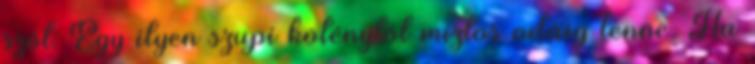
szól: Egy ilyen szupi köténytől miztos odáig lenne. Ha